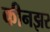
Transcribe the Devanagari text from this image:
कीनझर